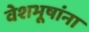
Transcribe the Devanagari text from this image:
वेशभूषांना